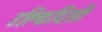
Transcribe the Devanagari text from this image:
उक्लिदिसी